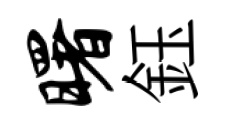
曙鈺